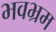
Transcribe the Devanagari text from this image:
भवभ्रम